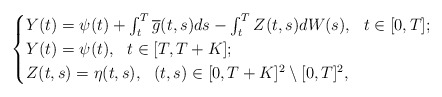
\begin{align*} \begin{cases}Y(t)=\psi(t) + \int_t^T \overline{g}(t,s) ds - \int_t^T Z(t,s) dW(s), \ \ t\in [0,T]; \\Y(t)=\psi(t), \ \ t\in [T,T+K];\\Z(t,s)=\eta(t,s), \ \ (t,s)\in [0,T+K]^{2}\setminus [0,T]^{2}, \\ \end{cases}\end{align*}